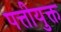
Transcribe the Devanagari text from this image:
पत्तीयुक्त